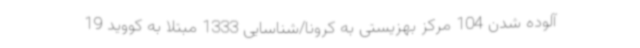
آلوده شدن 104 مرکز بهزیستی به کرونا/شناسایی 1333 مبتلا به کووید 19